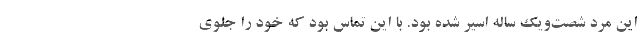
این مرد شصت‌ویک ساله اسیر شده بود. با این تماس بود که خود را جلوی